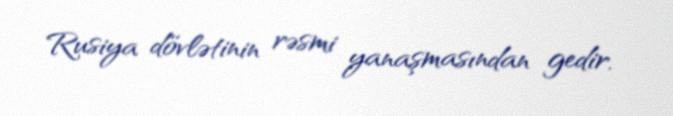
Rusiya dövlətinin rəsmi yanaşmasından gedir.